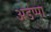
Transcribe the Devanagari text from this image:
अडप्पा